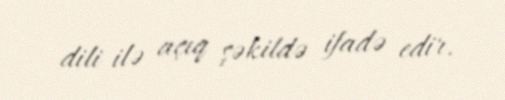
dili ilə açıq şəkildə ifadə edir.